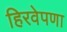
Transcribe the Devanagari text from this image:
हिरवेपणा